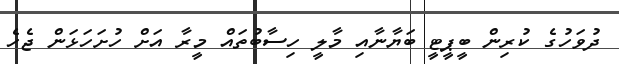
ދުވަހުގެ ކުރިން ބީޕީޓީ ބަޔާނާއި މާލީ ހިސާބުތައް މީރާ އަށް ހުށަހަޅަން ޖެހެ